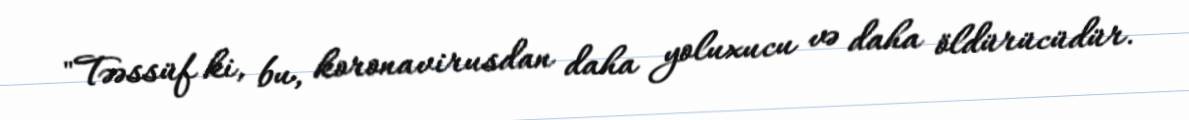
"Təəssüf ki, bu, koronavirusdan daha yoluxucu və daha öldürücüdür.